65_HS1-834228961_62-HQ-83894_Section_1
Agency: FBI
Page 158
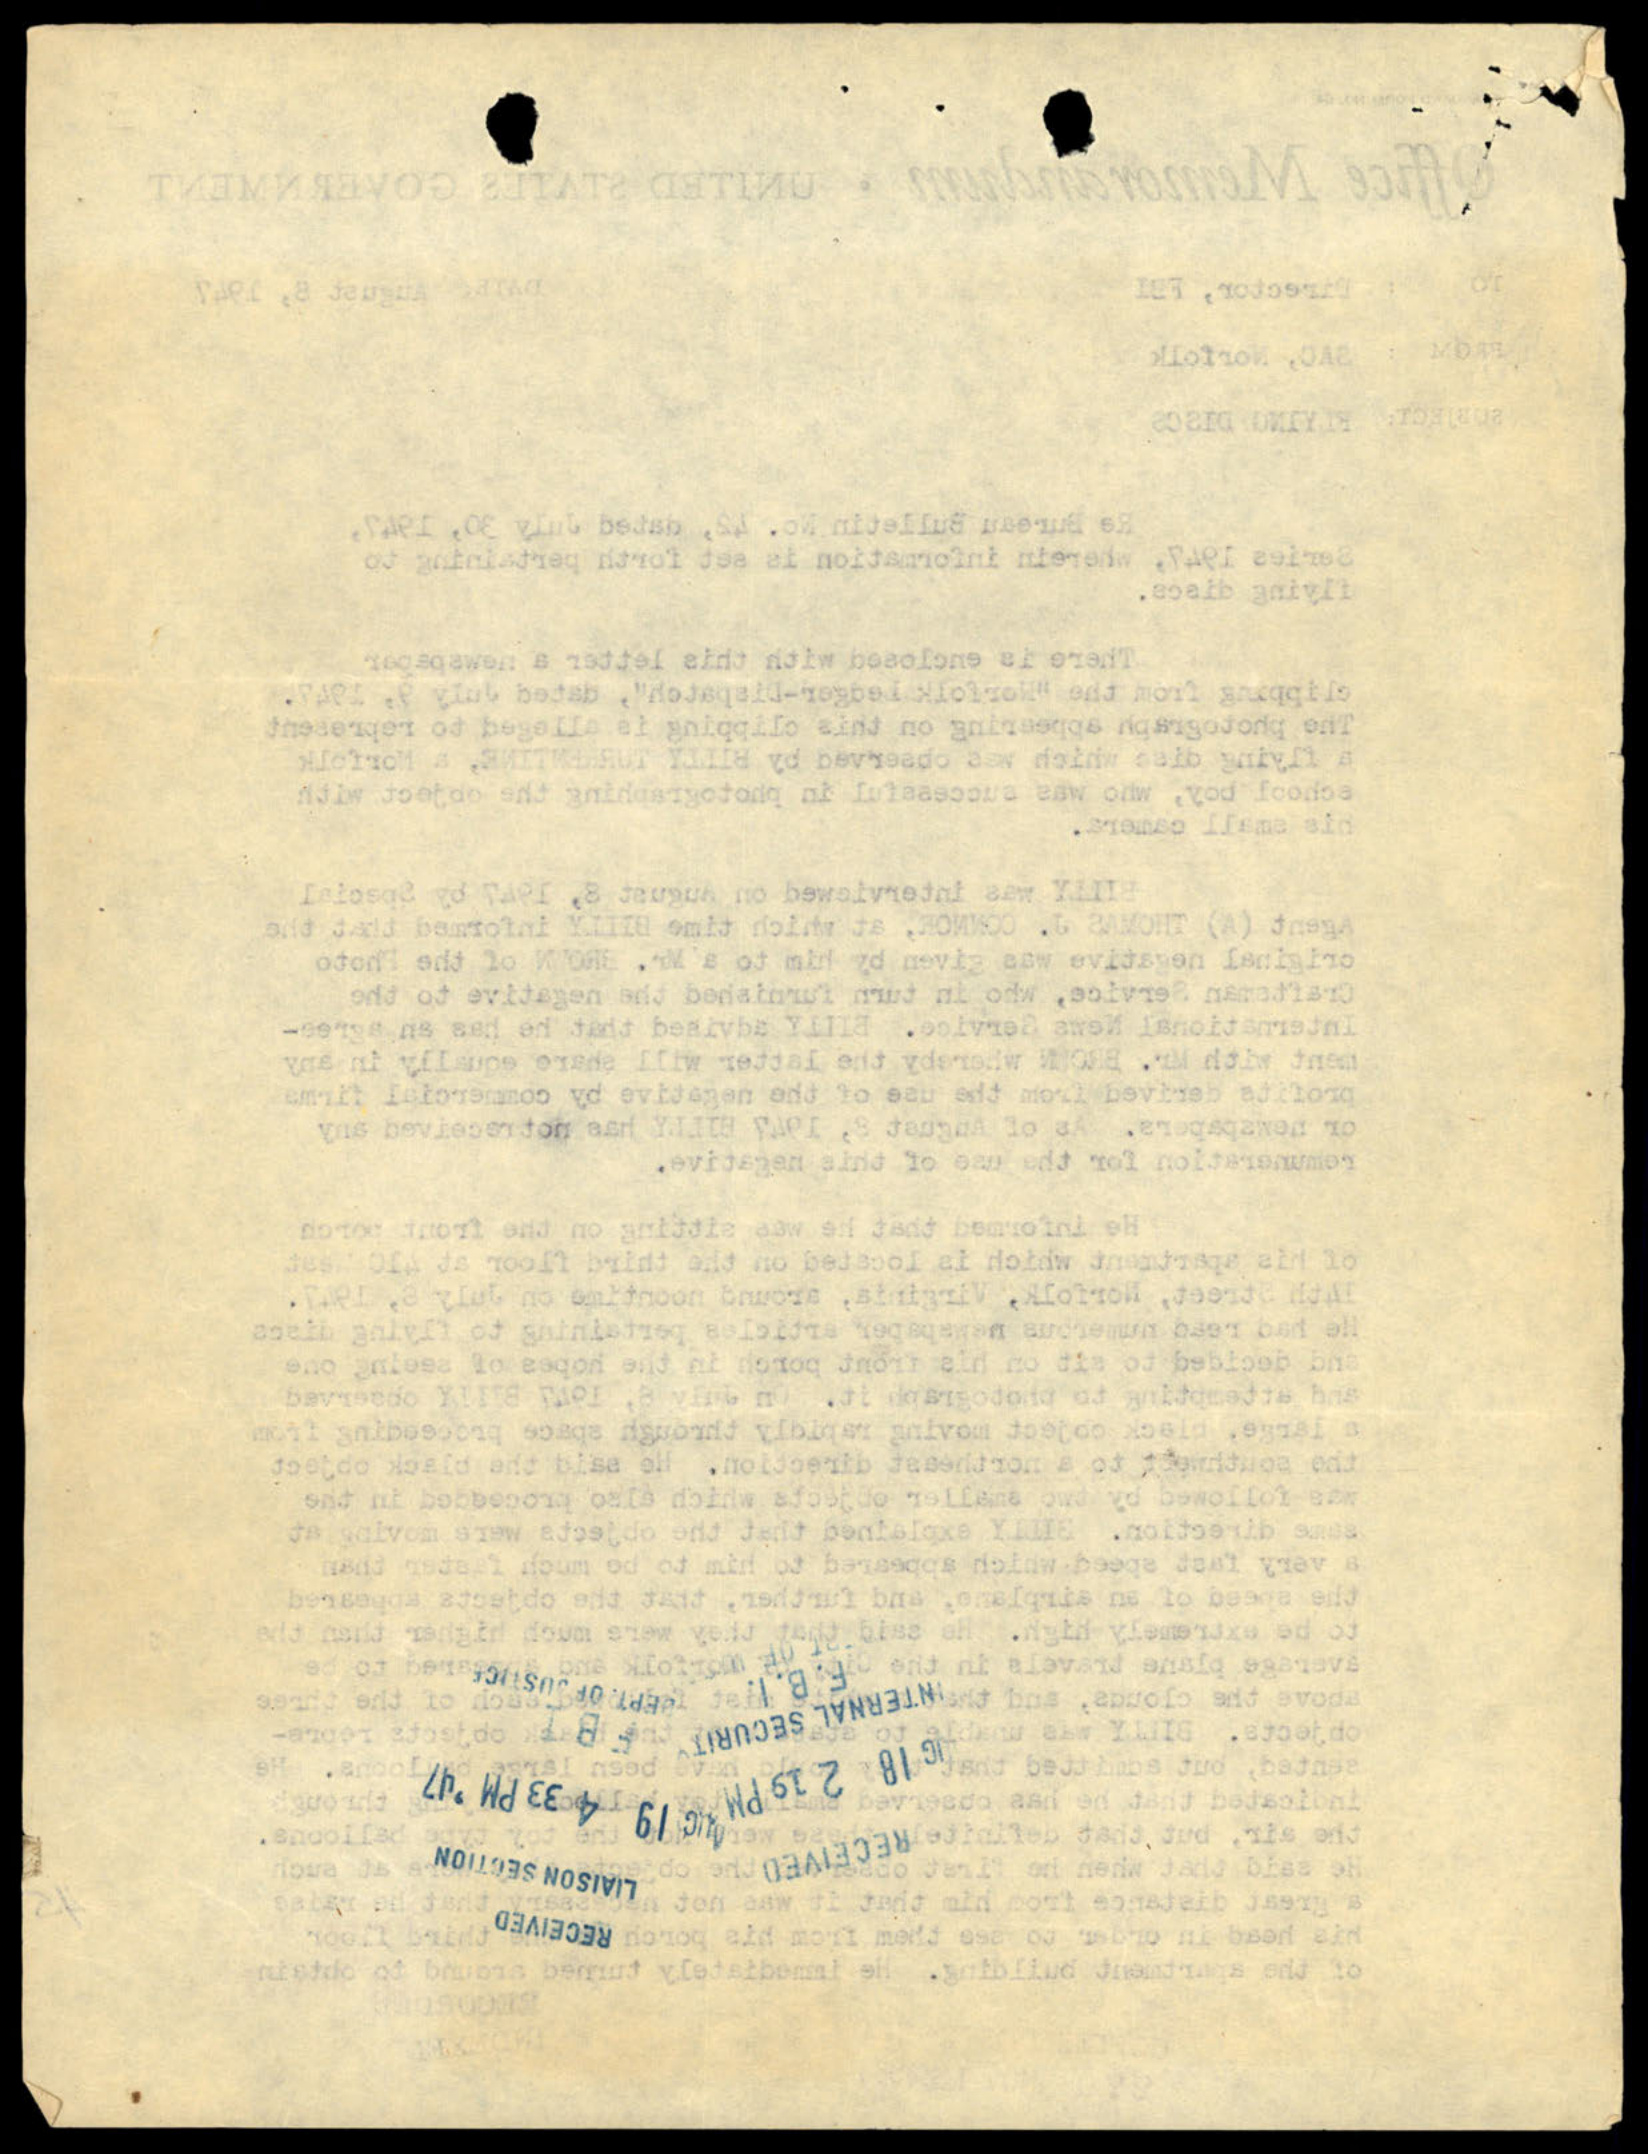